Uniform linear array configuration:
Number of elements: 32
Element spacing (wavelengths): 0.75
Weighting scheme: binomial
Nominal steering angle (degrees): -45
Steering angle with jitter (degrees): -43.592
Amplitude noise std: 0.05
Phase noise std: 0.05

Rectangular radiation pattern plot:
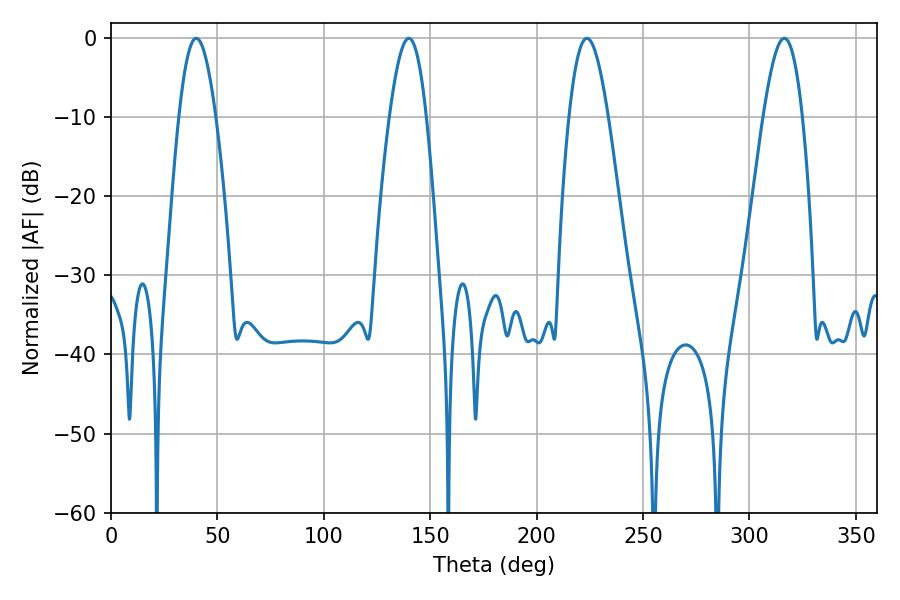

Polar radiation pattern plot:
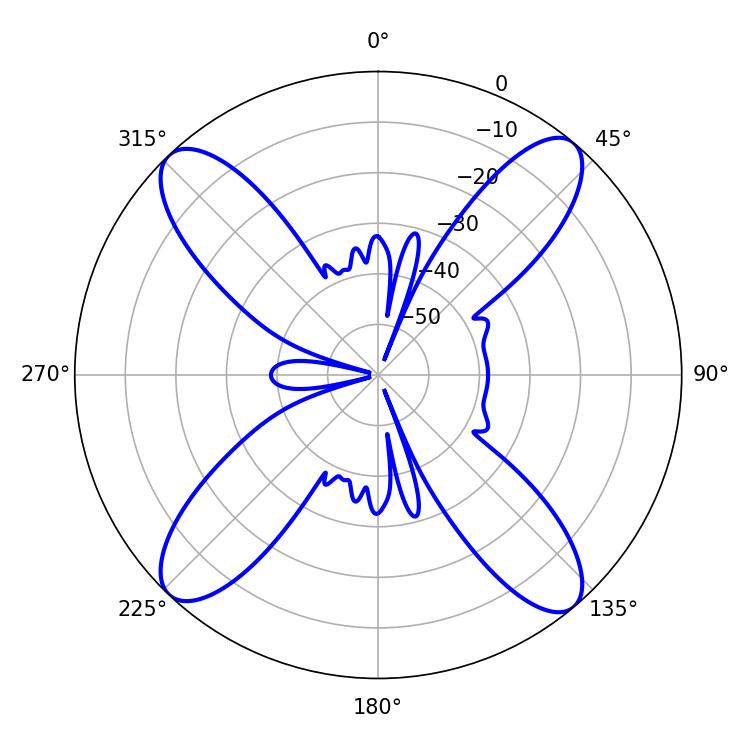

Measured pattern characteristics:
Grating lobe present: TRUE
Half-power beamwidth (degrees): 9.9
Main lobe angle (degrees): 223.56